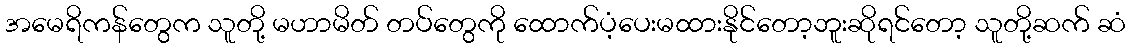
အမေရိကန်တွေက သူတို့ မဟာမိတ် တပ်တွေကို ထောက်ပံ့ပေးမထားနိုင်တော့ဘူးဆိုရင်တော့ သူတို့ဆက် ဆံ